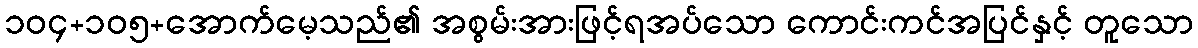
၁၀၄+၁၀၅+အောက်မေ့သည်၏ အစွမ်းအားဖြင့်ရအပ်သော ကောင်းကင်အပြင်နှင့် တူသော